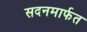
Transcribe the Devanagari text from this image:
सदनमार्फत